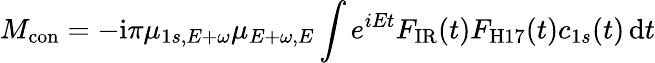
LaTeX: M_{\mathrm{{con}}}=-\mathrm i\pi\mu_{1s,E+\omega}\mu_{E+\omega,E}\int e^{iEt}F_{\mathrm{{IR}}}(t)F_{\mathrm{{H17}}}(t)c_{1s}(t)\, \mathrm dt